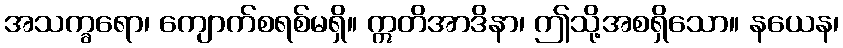
အသက္ခရော၊ ကျောက်စရစ်မရှိ။ ဣတိအာဒိနာ၊ ဤသို့အစရှိသော။ နယေန၊